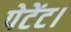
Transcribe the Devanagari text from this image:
पेटेंट।